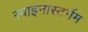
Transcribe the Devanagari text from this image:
स्पाइनास्टर्नम